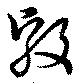
毅